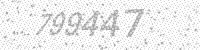
Solution: 799447